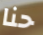
حنا